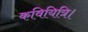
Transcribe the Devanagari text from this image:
कवियित्रि।